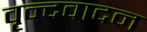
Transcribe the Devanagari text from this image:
वृन्दवादन